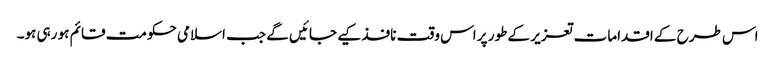
اس طرح کے اقدامات تعزیر کے طور پر اس وقت نافذ کیے جائیں گے جب اسلامی حکومت قائم ہو رہی ہو۔